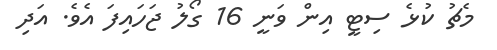
މެޗު ކުޅެ ސިޓީ އިން ވަނީ 16 ގޯލު ޖަހައިފަ އެވެ. އަދި